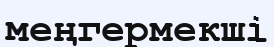
меңгермекші